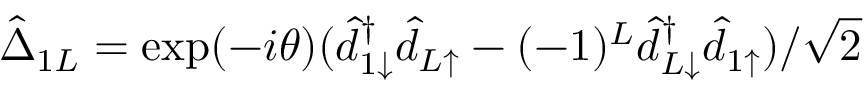
\hat { \Delta } _ { 1 L } = \exp ( - i \theta ) ( \hat { d } _ { 1 \downarrow } ^ { \dagger } \hat { d } _ { L \uparrow } - ( - 1 ) ^ { L } \hat { d } _ { L \downarrow } ^ { \dagger } \hat { d } _ { 1 \uparrow } ) / \sqrt { 2 }